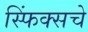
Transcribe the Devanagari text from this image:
स्फिंक्सचे